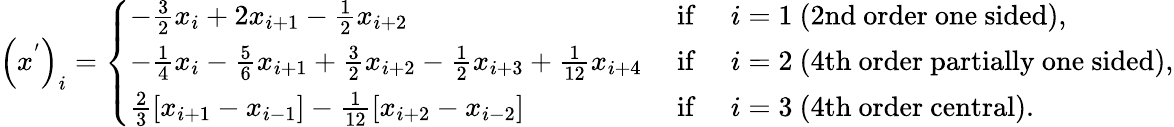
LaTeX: \left(x^{'}\right)_{i}=\left\{ \begin{array}{ll}{-\frac{3}{2}x_{i}+2x_{i+1}-\frac{1}{2}x_{i+2}}&{\mathrm{~if~}\quad i=1\mathrm{~(2nd~order~one~sided)},}\\ {-\frac{1}{4}x_{i}-\frac{5}{6}x_{i+1}+\frac{3}{2}x_{i+2}-\frac{1}{2}x_{i+3}+\frac{1}{12}x_{i+4}}&{\mathrm{~if~}\quad i=2\mathrm{~(4th~order~partially~one~sided)},}\\ {\frac{2}{3}\left[x_{i+1}-x_{i-1}\right]-\frac{1}{12}\left[x_{i+2}-x_{i-2}\right]}&{\mathrm{~if~}\quad i=3\mathrm{~(4th~order~central)}.}\end{array}\right.